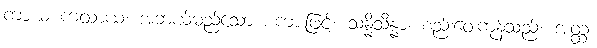
ကာယ ကထာယ၊ အဘယ်မည်သော စကားဖြင့်။ သန္နိသိန္နာ၊ စည်းဝေးကုန်သည်။ အတ္ထ၊